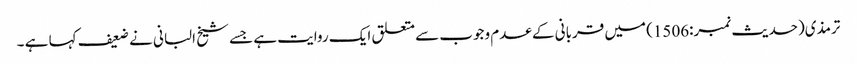
ترمذی(حدیث نمبر:1506) میں قربانی کے عدم وجوب سے متعلق ایک روایت ہے جسے شیخ البانی نے ضعیف کہا ہے ۔